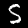
Digit: 5